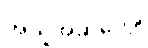
အယူအဆပေါ့။